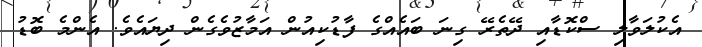
އެކުލަވާލި ސްކޮޑާއި ދޭތެރޭ ގިނަ ބައެއްގެ ފާޑުކިއުން އަމާޒުވެގެން ދިޔައެވެ. އެންމެ ބޮޑު